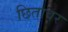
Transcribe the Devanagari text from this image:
छितावर